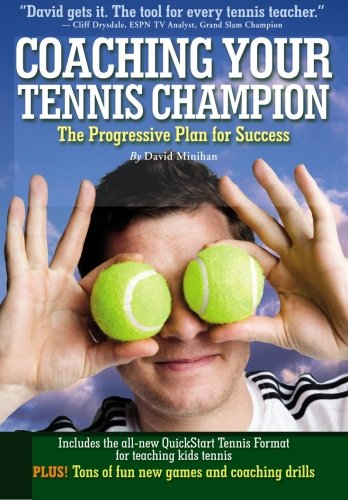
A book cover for Coaching Your Tennis Champion: The Progressive Plan For Success; David Minihan; Sports & Outdoors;